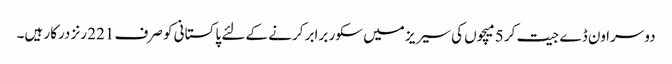
دوسرا ون ڈے جیت کر 5 میچوں کی سیریز میں سکور برابر کرنے کے لئے پاکستانی کو صرف 221 رنز درکار ہیں۔